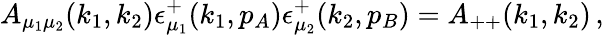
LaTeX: A_{\mu_{1}\mu_{2}}(k_{1},k_{2})\epsilon_{\mu_{1}}^{+}(k_{1},p_{A})\epsilon_{\mu_{2}}^{+}(k_{2},p_{B})=A_{++}(k_{1},k_{2})\, ,